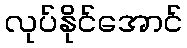
လုပ်နိုင်အောင်